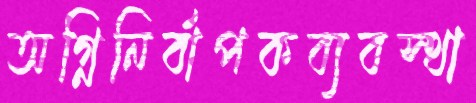
অগ্নিনির্বাপকব্যবস্থা